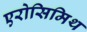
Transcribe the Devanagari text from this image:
एरोसिमिथ